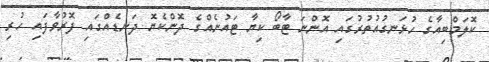
ކޮލަމްބިއާގެ ހުޅަނގުއުތުރުގައި އޮންނަ ޓާބޯ ކިޔާ ޓައުނެއްގެ ދޮންކެޔޮ ދަނޑެއްގައި ފޮރުވާފައި ހުރި